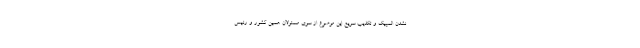
نشدن المپیک و تکذیب سریع این موضوع از سوی مسئولان همین کشور و رئیس